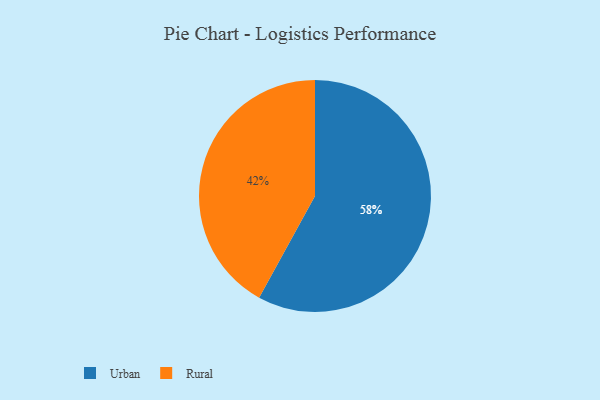
{"axis": {"x": "Category", "y": "Percentage"}, "legend": ["Rural", "Urban"], "data": [{"x": "Rural", "y": 42, "type": "Rural"}, {"x": "Urban", "y": 58, "type": "Urban"}]}